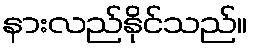
နားလည်နိုင်သည်။